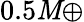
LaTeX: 0.5\mathit{M}\oplus